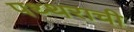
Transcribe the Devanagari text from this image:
पथ्थराची